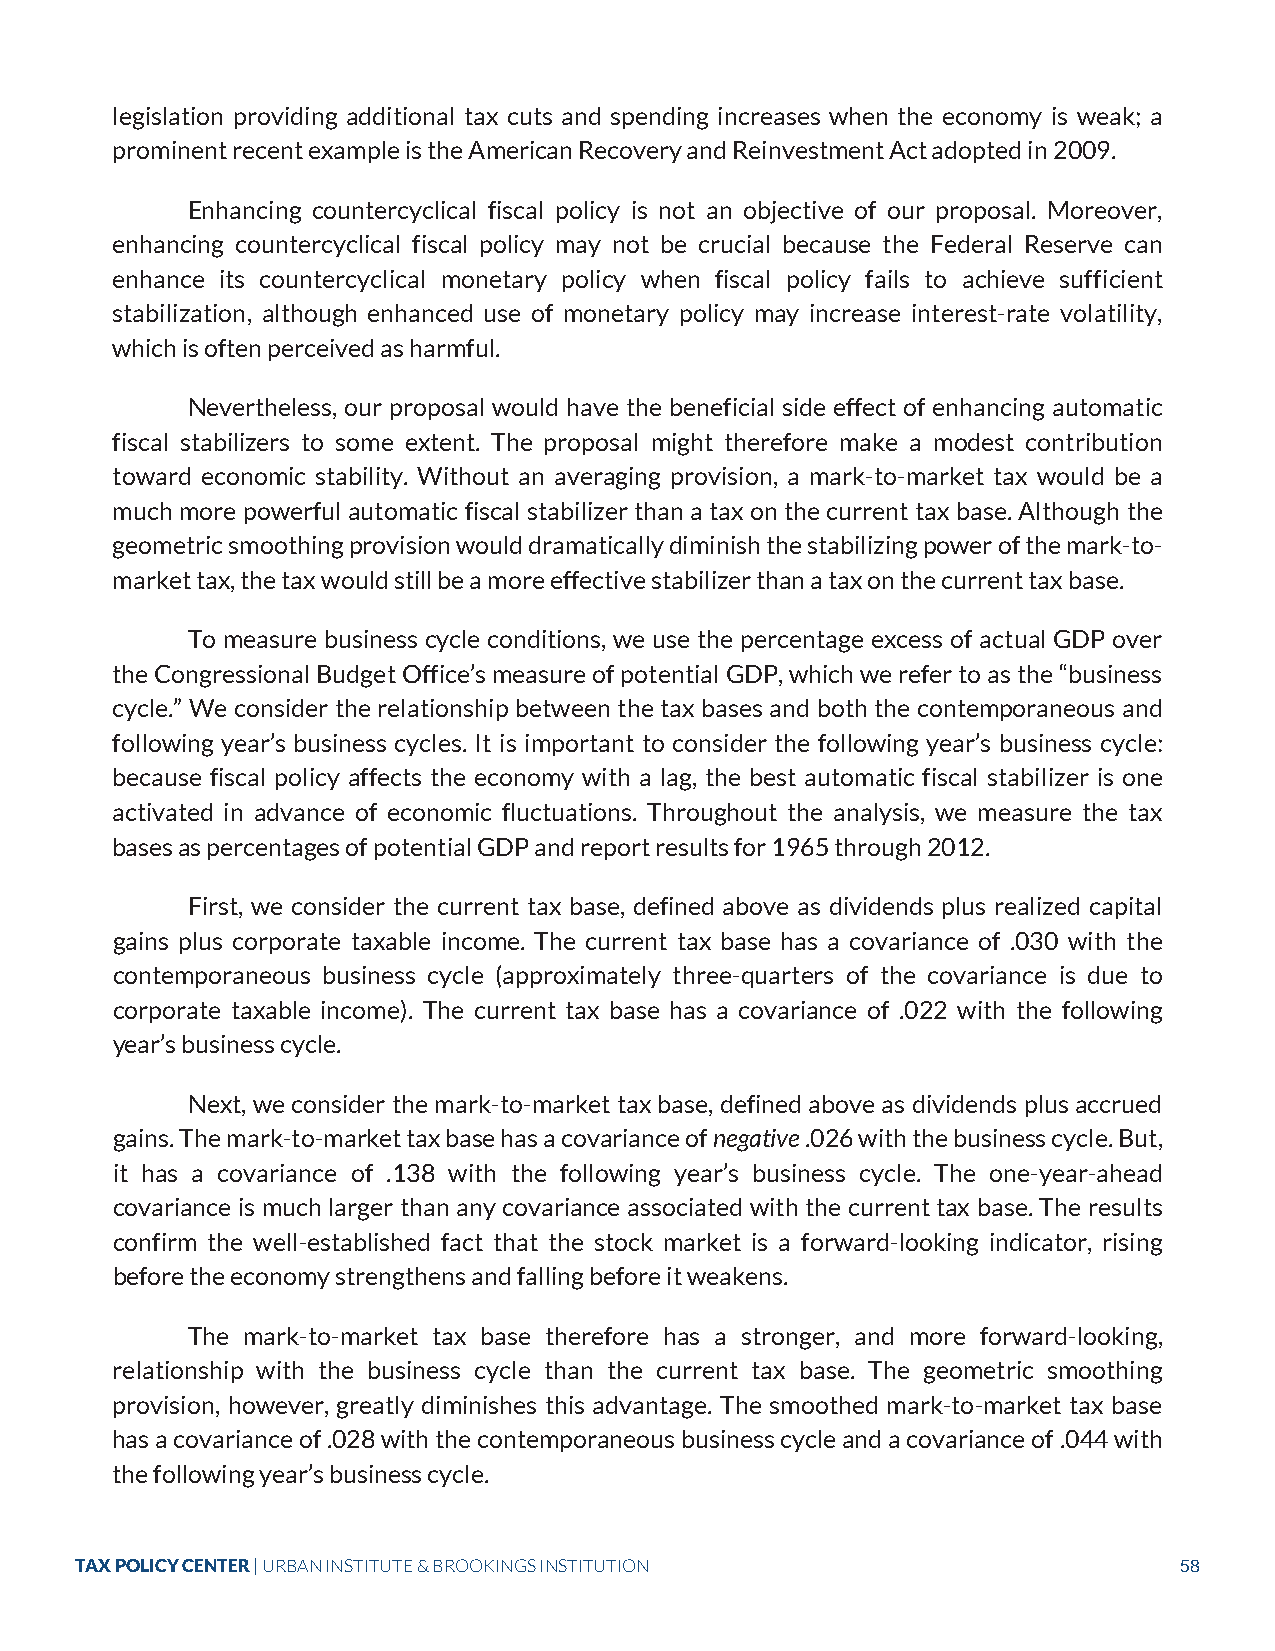
legislation providing additional tax cuts and spending increases when the economy is weak; a
 prominent recent example is the American Recovery and Reinvestment Act adopted in 2009.
 Enhancing countercyclical fiscal policy is not an objective of our proposal. Moreover,
 enhancing countercyclical fiscal policy may not be crucial because the Federal Reserve can
 enhance its countercyclical monetary policy when fiscal policy fails to achieve sufficient
 stabilization, although enhanced use of monetary policy may increase interest-rate volatility,
 which is often perceived as harmful.
 Nevertheless, our proposal would have the beneficial side effect of enhancing automatic
 fiscal stabilizers to some extent. The proposal might therefore make a modest contribution
 toward economic stability. Without an averaging provision, a mark-to-market tax would be a
 much more powerful automatic fiscal stabilizer than a tax on the current tax base. Although the
 geometric smoothing provision would dramatically diminish the stabilizing power of the mark-to-
 market tax, the tax would still be a more effective stabilizer than a tax on the current tax base.
 To measure business cycle conditions, we use the percentage excess of actual GDP over
 the Congressional Budget Office’s measure of potential GDP, which we refer to as the “business
 cycle.” We consider the relationship between the tax bases and both the contemporaneous and
 following year’s business cycles. It is important to consider the following year’s business cycle:
 because fiscal policy affects the economy with a lag, the best automatic fiscal stabilizer is one
 activated in advance of economic fluctuations. Throughout the analysis, we measure the tax
 bases as percentages of potential GDP and report results for 1965 through 2012.
 First, we consider the current tax base, defined above as dividends plus realized capital
 gains plus corporate taxable income. The current tax base has a covariance of .030 with the
 contemporaneous business cycle (approximately three-quarters of the covariance is due to
 corporate taxable income). The current tax base has a covariance of .022 with the following
 year’s business cycle.
 Next, we consider the mark-to-market tax base, defined above as dividends plus accrued
 gains. The mark-to-market tax base has a covariance of negative .026 with the business cycle. But,
 it has a covariance of .138 with the following year’s business cycle. The one-year-ahead
 covariance is much larger than any covariance associated with the current tax base. The results
 confirm the well-established fact that the stock market is a forward-looking indicator, rising
 before the economy strengthens and falling before it weakens.
 The mark-to-market tax base therefore has a stronger, and more forward-looking,
 relationship with the business cycle than the current tax base. The geometric smoothing
 provision, however, greatly diminishes this advantage. The smoothed mark-to-market tax base
 has a covariance of .028 with the contemporaneous business cycle and a covariance of .044 with
 the following year’s business cycle.
 TAX POLICY CENTER | URBAN INSTITUTE & BROOKINGS INSTITUTION              58